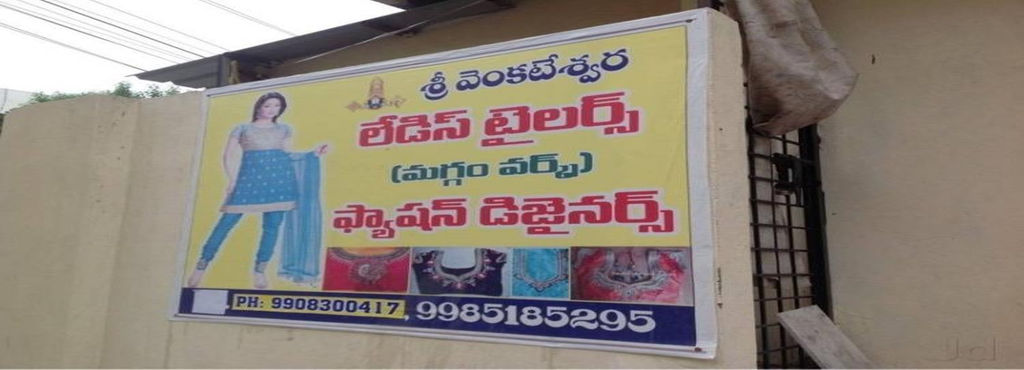
Language: telugu
Transcription: లేడీస్ శ్రీ వెంకటేశ్వర టైలర్స్ ఫ్యాషన్ డిజైనర్స్ వర్క్స్) (మగ్గం